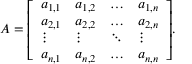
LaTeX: A = { \left[ \begin{array} { l l l l } { a _ { 1 , 1 } } & { a _ { 1 , 2 } } & { \dots } & { a _ { 1 , n } } \\ { a _ { 2 , 1 } } & { a _ { 2 , 2 } } & { \dots } & { a _ { 2 , n } } \\ { \vdots } & { \vdots } & { \ddots } & { \vdots } \\ { a _ { n , 1 } } & { a _ { n , 2 } } & { \dots } & { a _ { n , n } } \end{array} \right] } .